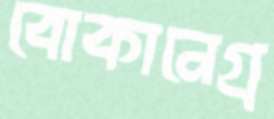
বোকানেগ্র